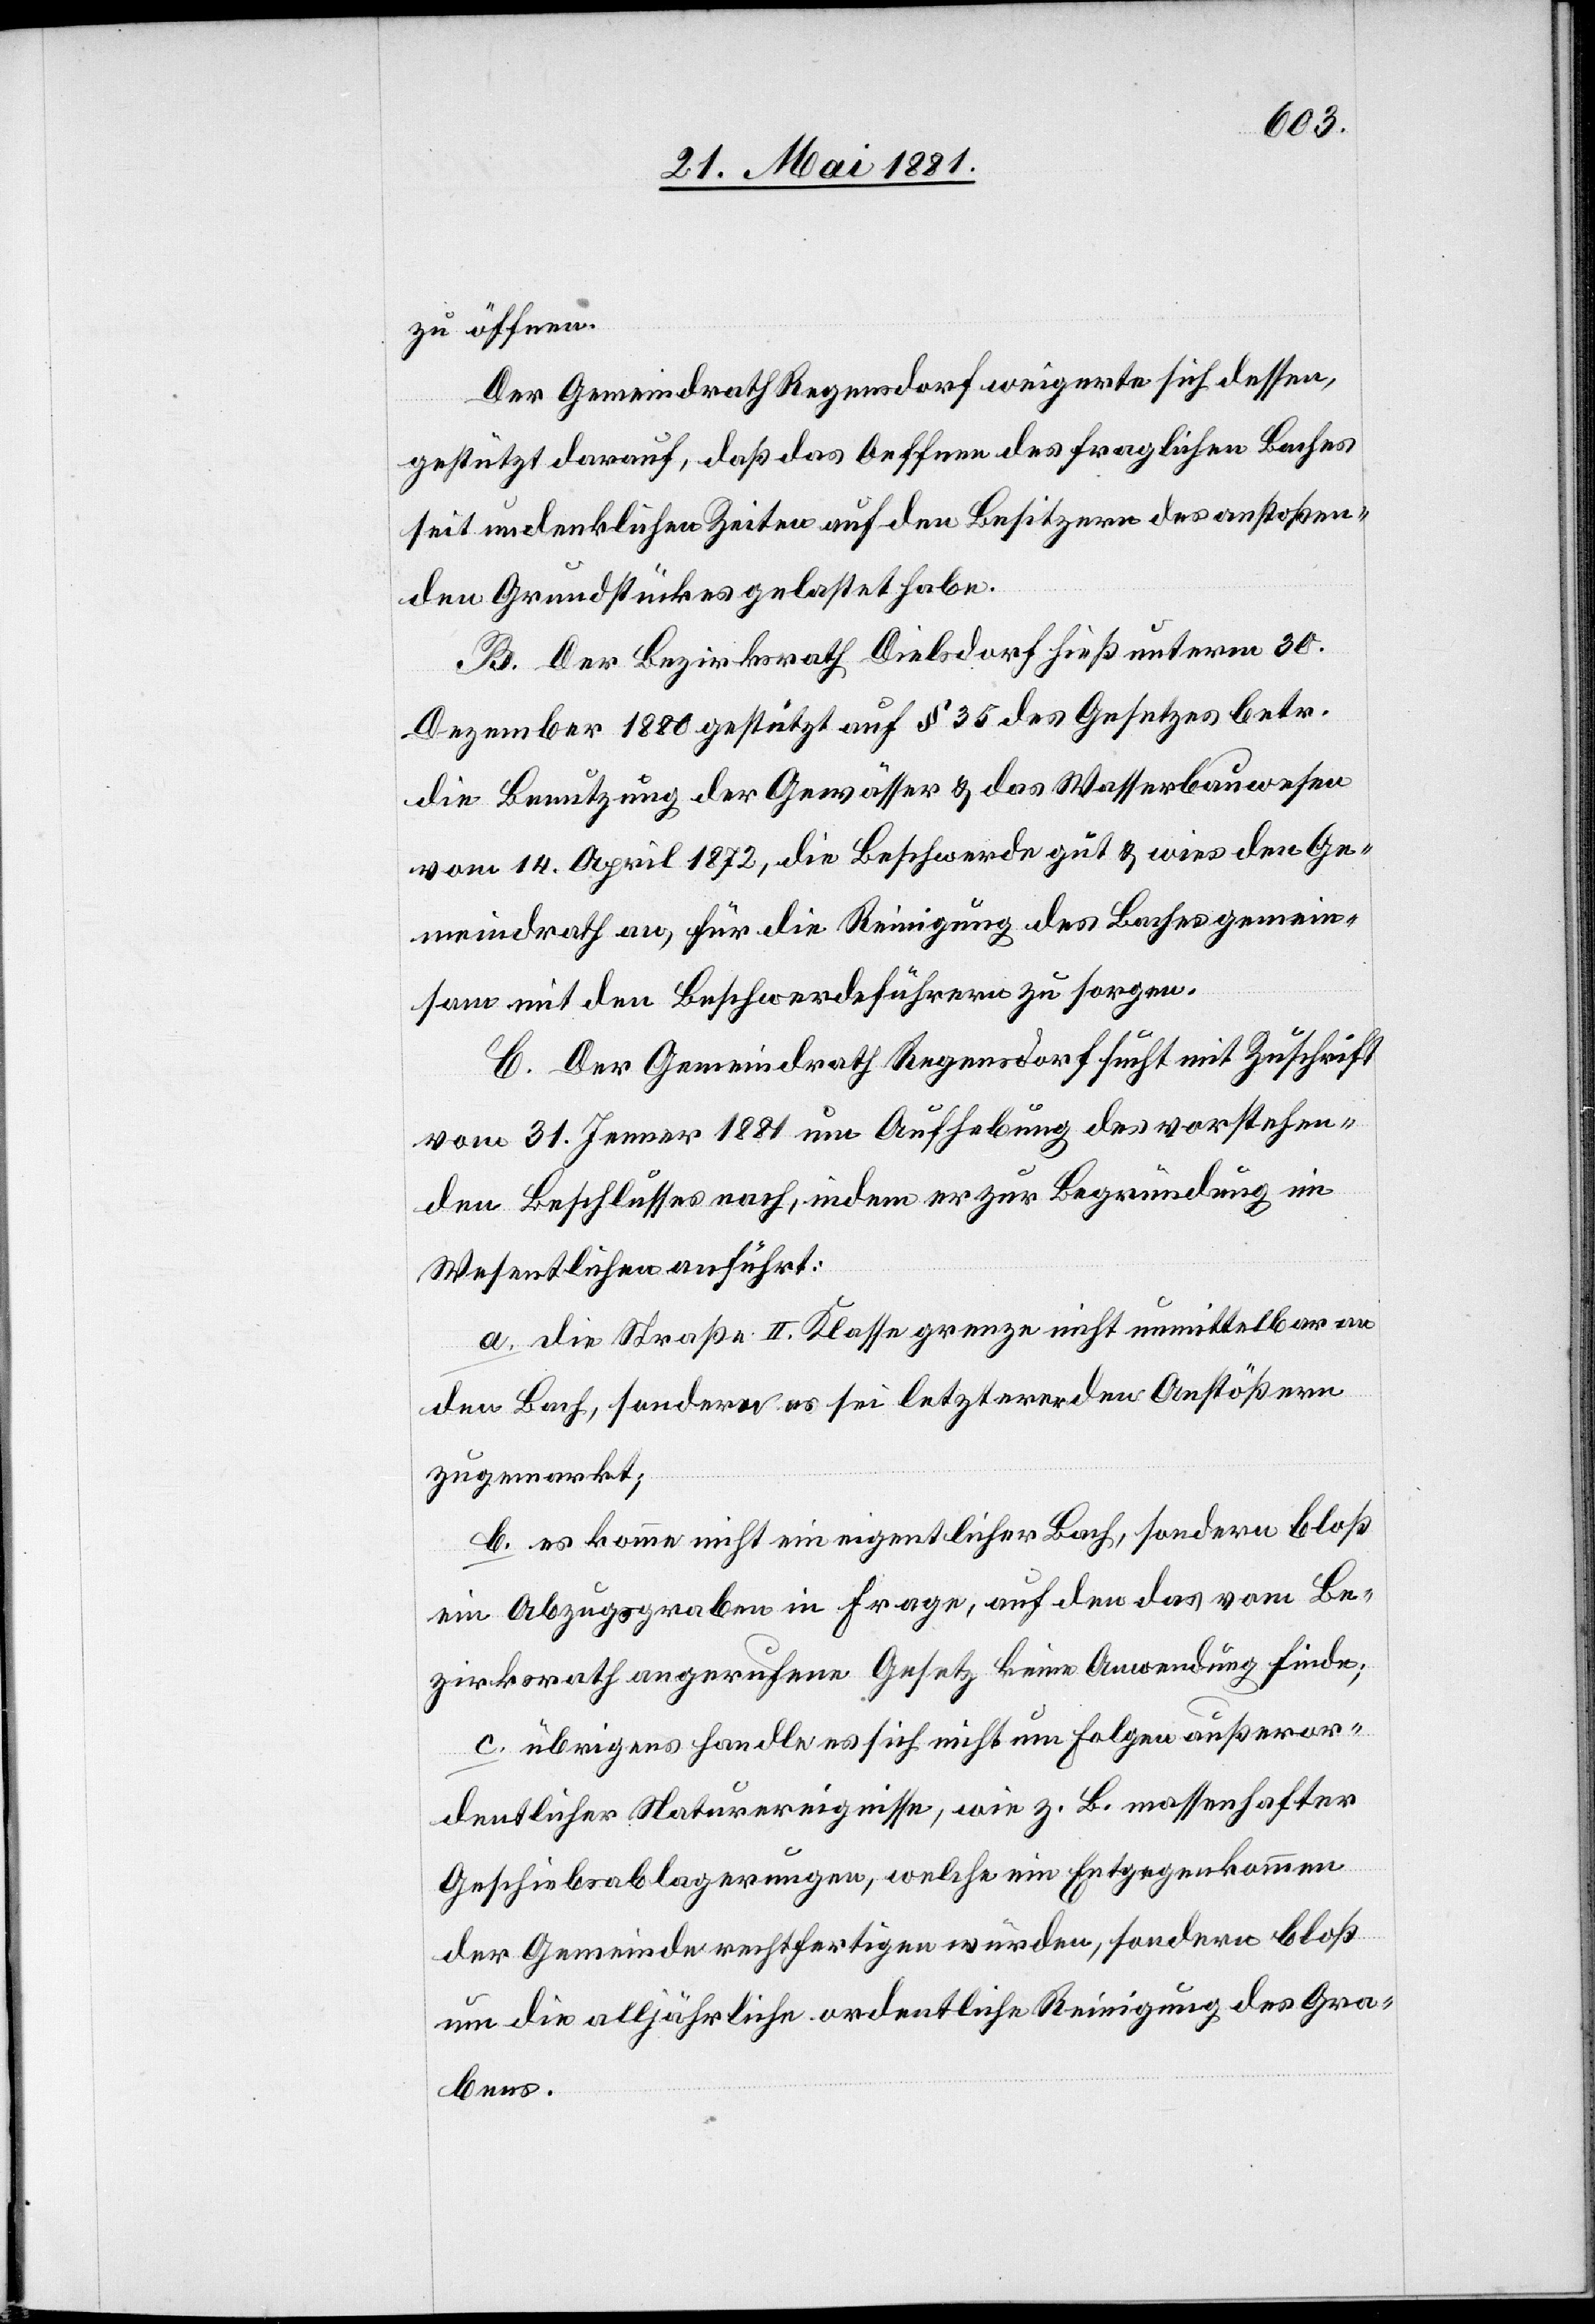
zu öffnen.
Der Gemeindrath Regendorf weigerte sich dessen,
gestützt darauf, daß das Oeffnen des fraglichen Baches
seit undenklichen Zeiten auf den Besitzern des anstoßen¬
den Grundstückes gelastet habe.
B. Der Bezirksrath Dielsdorf hieß unterm 30.
Dezember 1880 gestützt auf § 35 des Gesetzes betr.
die Benutzung der Gewässer & das Wasserbauwesen
vom 14. April 1872, die Beschwerde gut & wies den Ge¬
meindrath an, für die Reinigung des Baches gemein¬
sam mit den Beschwerdeführern zu sorgen.
C. Der Gemeindrath Regensdorf sucht mit Zuschrift
vom 31. Jenner 1881 um Aufhebung des vorstehen¬
den Beschlusses nach, indem er zur Begründung im
Wesentlichen anführt:
a. die Straße II. Klasse grenze nicht unmittelbar an
den Bach, sondern es sei letztere dem Anstößern
zugemarkt;
b. es komme nicht ein eigentlicher Bach, sondern bloß
ein Abzugsgraben in Frage, auf den das vom Be¬
zirksrath angerufene Gesetz keine Anwendung finde;
c. übrigens handle es sich nicht um Folgen außeror¬
dentlicher Naturereignisse, wie z. B. massenhafter
Geschiebsablagerungen, welche ein Entgegenkommen
der Gemeinde rechtfertigen würden, sondern bloß
um die alljährliche ordentliche Reinigung des Gra¬
bens.